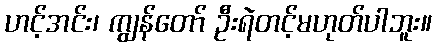
ဟင့်အင်း၊ ကျွန်တော် ဦးရဲတင့်မဟုတ်ပါဘူး။